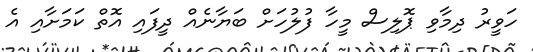
ހަވީރު ދިމާވި ޕޮލިސް މީހާ ފުލުހަށް ބަޔާނެއް ދީފައި އޮތް ކަމަށާއި އެ